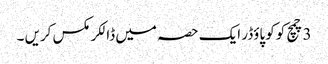
3 چمچ کوکو پاؤڈر ایک حصہ میں ڈالکر مکس کریں ۔